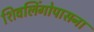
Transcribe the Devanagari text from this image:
शिवलिंगोपासना